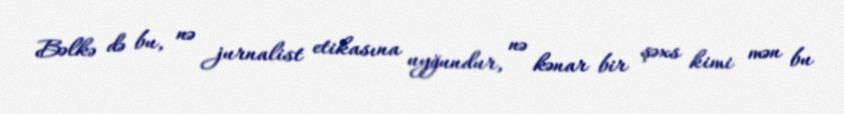
Bəlkə də bu, nə jurnalist etikasına uyğundur, nə kənar bir şəxs kimi mən bu